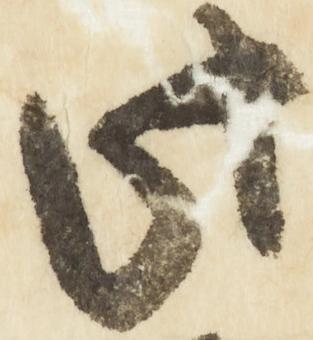
此